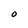
Character: O